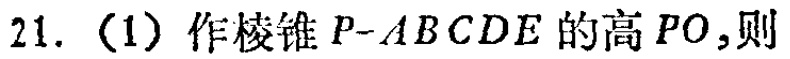
21.（1）作棱锥\(P - ABCDE\)的高\(PO\)，则